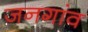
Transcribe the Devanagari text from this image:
जनगांव